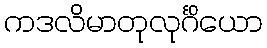
ကဒလိမာတုလုင်္ဂိယော